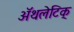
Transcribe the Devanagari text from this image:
अॅथलेटिक्